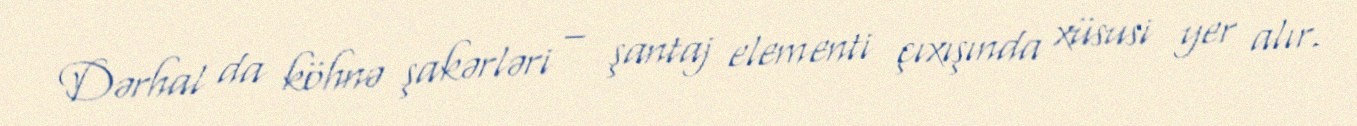
Dərhal da köhnə şakərləri – şantaj elementi çıxışında xüsusi yer alır.